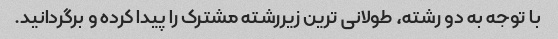
با توجه به دو رشته، طولانی ترین زیررشته مشترک را پیدا کرده و برگردانید.